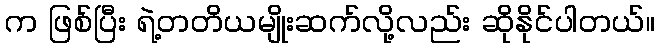
က ဖြစ်ပြီး ရဲ့တတိယမျိုးဆက်လို့လည်း ဆိုနိုင်ပါတယ်။